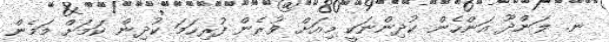
ނ. ލަންދޫ އަންހެން ކުދިންނަކީ މިއަށް ވުރެން ފުރިހަމަ ކުދިން ކަމަށް މަމެން